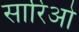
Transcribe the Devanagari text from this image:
सारिओ